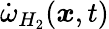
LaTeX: \dot{\omega}_{H_{2}}(\boldsymbol{x},t)